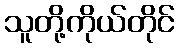
သူတို့ကိုယ်တိုင်